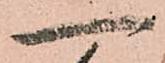
一